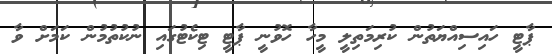
ޕާޓީ ހައިސިއްޔަތުން ކުރިމަތިލީ މީހާ ހޮވުނީ ޕާޓީ ޓިކެޓުގައި ނުކުތުމުން ކަމަށް ވާ